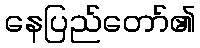
နေပြည်တော်၏